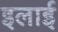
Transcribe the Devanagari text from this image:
इलाई